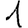
Digit: 1